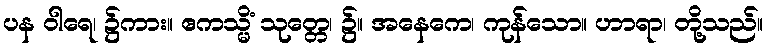
ပန ဝါရေ၊ ၌ကား။ ဧကသ္မိံ သုတ္တေ၊ ၌။ အနေကေ၊ ကုန်သော။ ဟာရာ၊ တို့သည်။